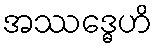
အဿဒ္ဓေဟိ